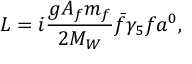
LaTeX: { \cal L } = i \frac { g A _ { f } m _ { f } } { 2 M _ { W } } \bar { f } \gamma _ { 5 } f a ^ { 0 } ,